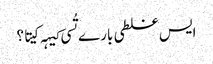
‏ ایس غلطی بارے تُسی کیہہ کیتا؟